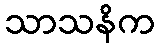
သာသနိက